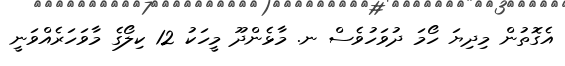
އެގޮތުން މިދިޔަ ހޯމަ ދުވަހުވެސް ނ. މާޅެންދޫ މީހަކު 12 ކިލޯގެ މާވަހަރެއްވަނީ